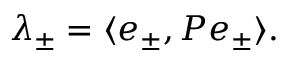
\lambda _ { \pm } = \langle e _ { \pm } , P e _ { \pm } \rangle .